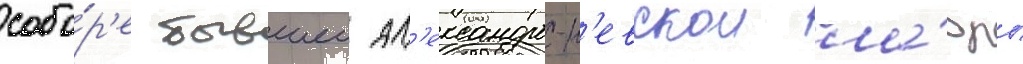
собо́р'е бывшеи ал'ександро-н'евскои ла́вры